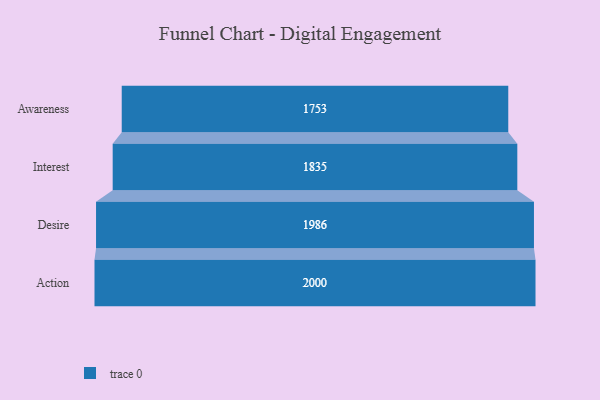
{"axis": {"x": "Stage", "y": "Value"}, "legend": [""], "data": [{"x": "Awareness", "y": 1753.0, "type": ""}, {"x": "Interest", "y": 1835.0, "type": ""}, {"x": "Desire", "y": 1986.0, "type": ""}, {"x": "Action", "y": 2000, "type": ""}]}